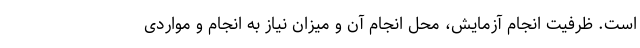
است. ظرفیت انجام آزمایش، محل انجام آن و میزان نیاز به انجام و مواردی